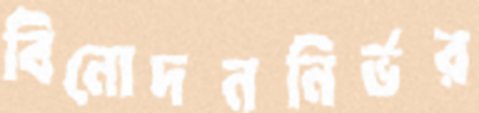
বিনোদননির্ভর